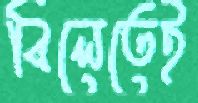
বিলেতেই